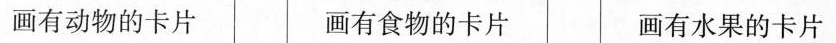
画有动物的卡片 画有食物的卡片 画有水果的卡片